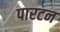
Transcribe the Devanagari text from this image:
पारटन